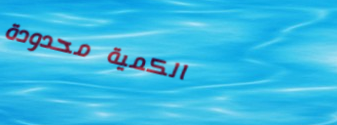
الكمية محدودة